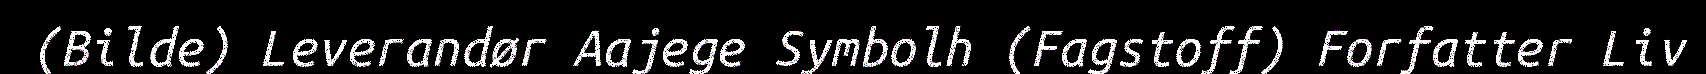
(Bilde) Leverandør Aajege Symbolh (Fagstoff) Forfatter Liv